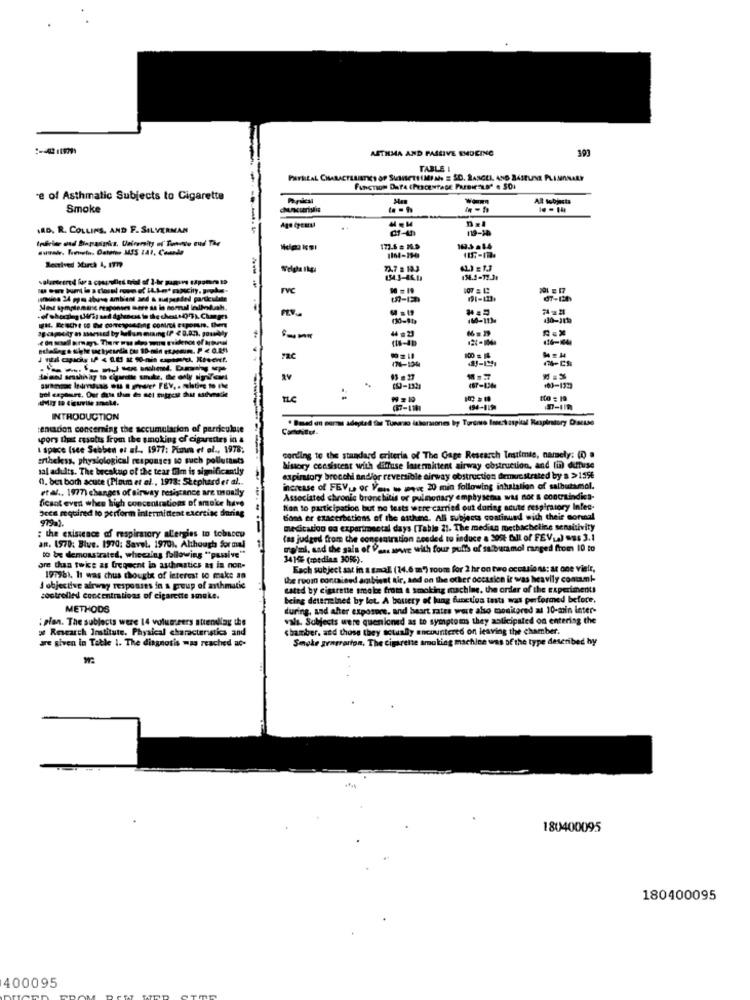
ASTHMA AND PASSIVE SMOKING
393
TABLE
PerkitAL CHARACTERISTICS OF SUINSETI (MI Ah E SC. RANGEL. 450 BASELINE PLISANALY
'e of Asthmatic Subjects to Cigarette
Smoke
.D. R. COLLINS, AND F. SILVERMAN
19-10
173.6 = M.S
Received Starch 4, ITT?
:
1543-45. 1)
PVC
(quios 24 ggo abase ambient and & suspended particulate
+80-113
130-1410
116-1044
danal seushivaty to cigarette snuke, the only apricot
09-132
487-136
103-1323
TLC
tto = 19
(7-110
494-119
INTRODUCTION
" Based on norms adapted far Tumarzo ishersiones by Tordis Insertaspital Respiratory DistLe
tentacion concerning the accumulation of parriculose
spors It results from the smoking of cigarettes in a
I space (sce Sebben et al ., 1977: Fia et al ., 1978;
arthekss, physiological responses to such pollutants
cording to the standard criteria of The Gage Research Testimie, namely: (0) a
sal adults. The breakup of the tear film is significantly
Simory consistent with diffuse lasermittent airway obstruction, and fun dutuse
01. bei borh acute (Pimm et al ., 1978: Shephard er al ..
expiratory brocchi and/or reversible airway obstruction femuc strated by a >1596
etal ., 1977) changes of airway resistance are montly
increase of FEVLa or Van wo wee 20 min following inhalation of salbutamol.
ficant even when high concentrations of smoke have
Associated chronic bronchitis or pulmonary emphysema was not s contraindics-
pees required to perform intermittent exercise during
tian to participation but no tests were carried out during acute respiratory Infee-
bons er exacerbations of the asthma. All subjects continued with their sorunal
medication os expartmectal days [Table 21. The median moethacheline sensitivity
: the existence of respiratory allergies to tobacco
(as judged from the concentration seeded to induce a 305t Call of FE V.) .us 3.1
an. 1970: Blue. 1970: Savel. 19701. Although formal
rolni, sad the sais of Pan. wwe with four puffs of salbutamol ranged from 10 to
to be demonstrated, wheezing following ""passive"
34195 (medias 305%).
are than twice as frequent in asthmastics at is non-
Each subject ast in a small (14.6 m") room for 2 hr on two occasions: at one viele,
197981. It was chus though of leterest to make an
the room contained ambient air, and on the other occasion ir was heavily contami-
I objective airway responses in a group of asthmatic
cated by cigarette smoke from a smoking machine, the order of the experiment!
controlled concentrations of cigarette smoke.
being determined by lot. A boutery of lung function tests was performed before.
METHODS
during, and alter expospes, and heart rates were also monitored at 10-min inter-
: plan. The subjects were 14 volumirers strendlag the
vals. Subjects were quenioned as to symptoms they anticipated on entering the
# Research Institute. Physical characteristics and
chamber, and those they actually encountered on leaving the chamber.
are given in Table 1. The diagnosis was reached ac-
Smoke grarrarton, The Cigarette smoking machine was of the type described by
180400095
180400095
400095